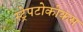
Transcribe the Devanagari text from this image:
स्ट्रेपटोकोकस